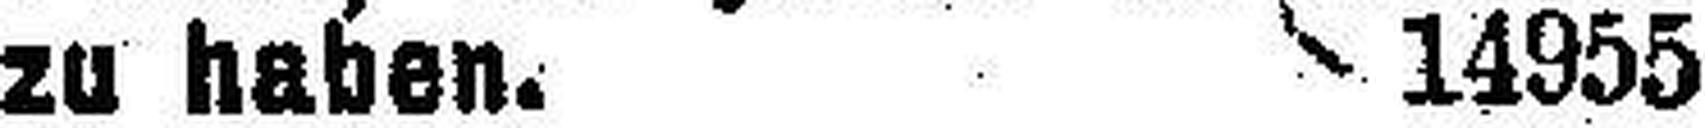
zu haben. 14955